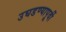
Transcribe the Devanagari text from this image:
उघडण्यापूर्वी